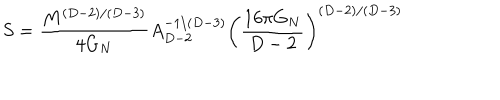
LaTeX: S = { \frac { M ^ { ( D - 2 ) / ( D - 3 ) } } { 4 G _ { N } } } A _ { D - 2 } ^ { - 1 / ( D - 3 ) } \left( \frac { 1 6 \pi G _ { N } } { D - 2 } \right) ^ { ( D - 2 ) / ( D - 3 ) }